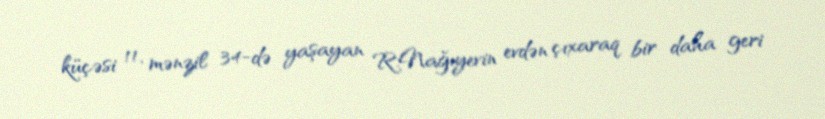
küçəsi 11, mənzil 34-də yaşayan R.Nağıyevin evdən çıxaraq bir daha geri